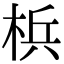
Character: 梹